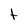
Character: t